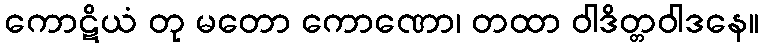
ကောဋိယံ တု မတော ကောဏော၊ တထာ ဝါဒိတ္တဝါဒနေ။